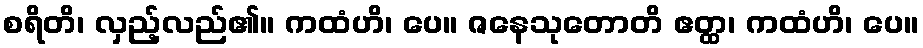
စရိတိ၊ လှည့်လည်၏။ ကထံဟိ၊ ပေ။ ဇနေသုတောတိ ဧတ္ထ၊ ကထံဟိ၊ ပေ။